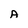
Character: A